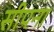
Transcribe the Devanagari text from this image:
सीपना